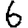
Digit: 6